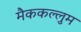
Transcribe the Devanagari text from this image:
मैककल्लुम